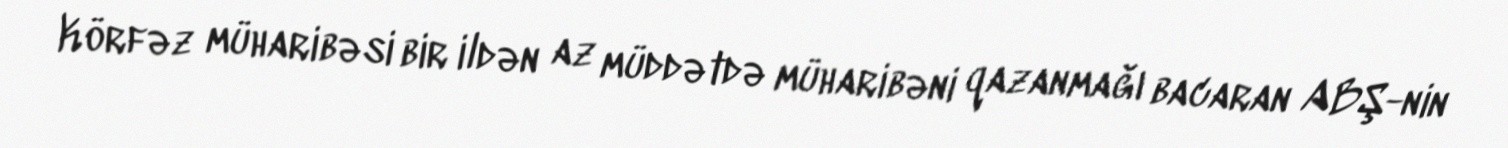
Körfəz müharibəsi bir ildən az müddətdə müharibəni qazanmağı bacaran ABŞ-nin